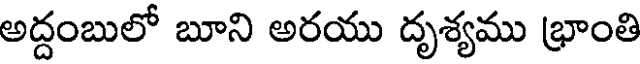
అద్దంబులో బూని అరయు దృశ్యము భ్రాంతి